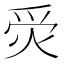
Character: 𤈚